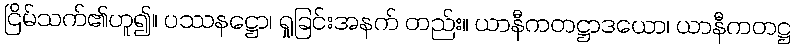
ငြိမ်သက်၏ဟူ၍။ ပဿနဋ္ဌော၊ ရှုခြင်းအနက် တည်း။ ယာနီကတဋ္ဌာဒယော၊ ယာနီကတဋ္ဌ